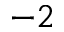
^ { - 2 }